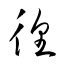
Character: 徨